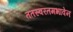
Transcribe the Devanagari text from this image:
ततस्वरतमभावेन